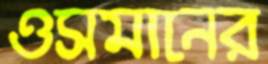
ওসমানের